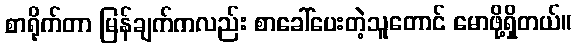
စာရိုက်တာ မြန်ချက်ကလည်း စာခေါ်ပေးတဲ့သူတောင် မောဖို့ရှိတယ်။